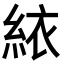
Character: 𬗑